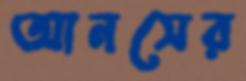
আনসের